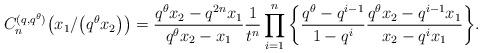
LaTeX: \begin{align*}C_n^{(q, q^{\theta})}\big(x_1/\big(q^{\theta}x_2\big)\big) = \frac{q^{\theta}x_2 - q^{2n}x_1}{q^{\theta}x_2 - x_1}\frac{1}{t^n}\prod_{i=1}^n{\left\{\frac{q^{\theta} - q^{i-1}}{1 - q^i}\frac{q^{\theta}x_2 - q^{i-1}x_1}{x_2 - q^ix_1}\right\}}.\end{align*}